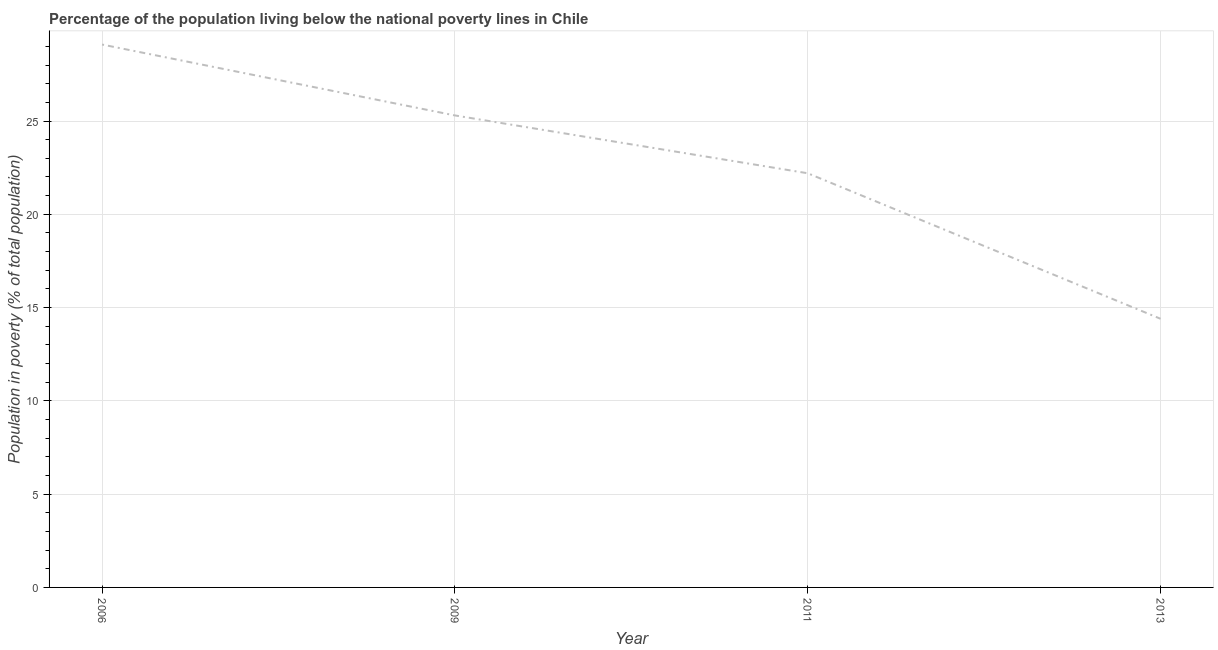
| Year | Poverty headcount ratio |
 | --- | --- |
 | 2006 | 29.1 |
 | 2009 | 25.3 |
 | 2011 | 22.2 |
 | 2013 | 14.4 |